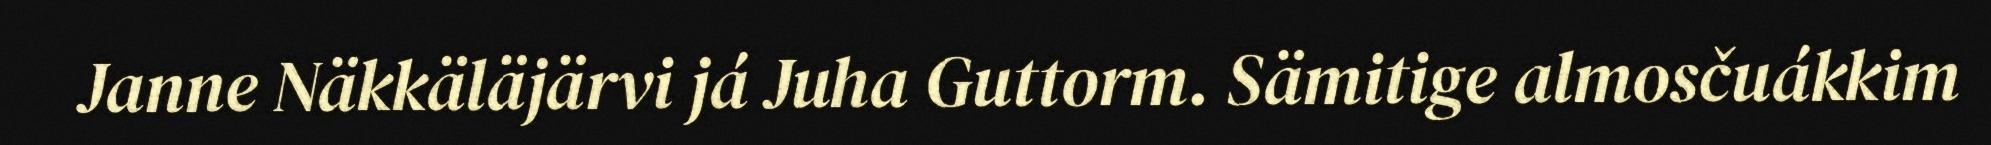
Janne Näkkäläjärvi já Juha Guttorm. Sämitige almosčuákkim